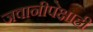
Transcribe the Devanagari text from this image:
जवानीपेक्षाही